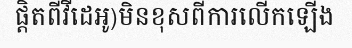
ផ្តិតពីវីដេអូ)មិនខុសពីការលើកឡើង